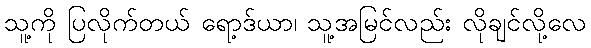
သူ့ကို ပြလိုက်တယ် ရော့ဒ်ယာ၊ သူ့အမြင်လည်း လိုချင်လို့လေ